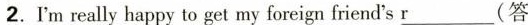
2.I'm really happy to get my foreign friend^{\prime}s\underline{r}(答